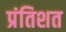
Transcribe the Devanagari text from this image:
प्रंतिशत